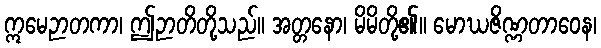
ဣမေဉာတကာ၊ ဤဉာတိတို့သည်။ အတ္တနော၊ မိမိတို့၏။ မောဃဇိဏ္ဏတာဝေန၊